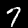
Label: 7